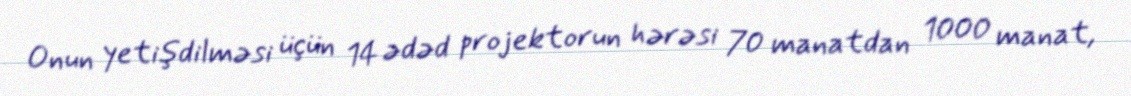
Onun yetişdilməsi üçün 14 ədəd projektorun hərəsi 70 manatdan 1000 manat,